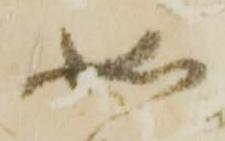
如